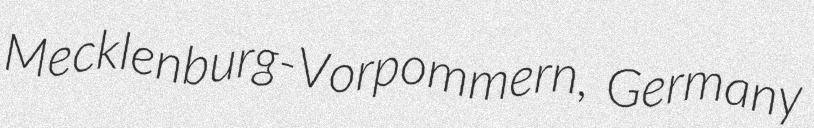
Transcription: Mecklenburg-Vorpommern, Germany